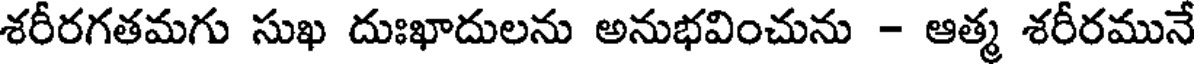
శరీరగతమగు సుఖ దుఃఖాదులను అనుభవించును - ఆత్మ శరీరమునే